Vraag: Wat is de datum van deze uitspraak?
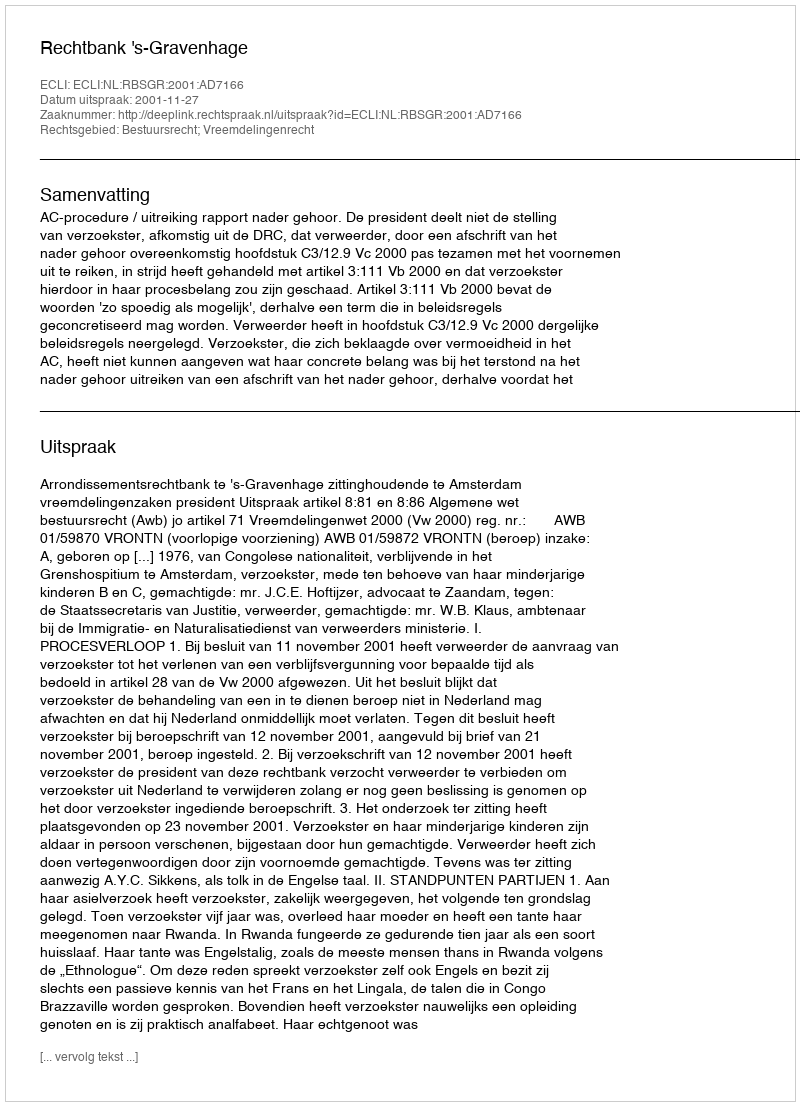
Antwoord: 2001-11-27